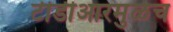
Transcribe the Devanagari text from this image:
टीडीआरमुळेच